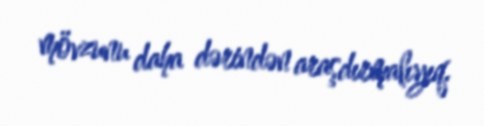
mövzunu daha dərindən araşdırmalıyıq.